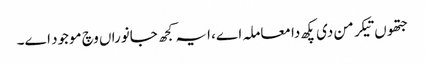
جتھوں تیکر من دی پکھ دا معاملہ اے، ایہ کجھ جانوراں وچ موجود اے۔